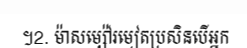
។2. ម៉ាសម្ស៉ៅរមៀតប្រសិនបើអ្នក